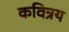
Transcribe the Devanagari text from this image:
कवित्रय